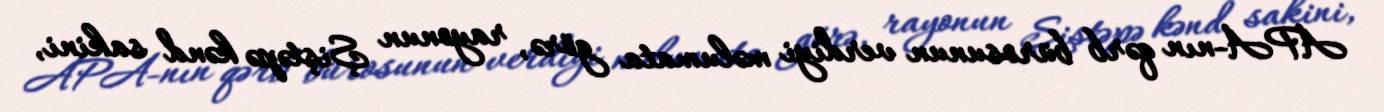
APA-nın qərb bürosunun verdiyi məlumata görə, rayonun Şiştəpə kənd sakini,